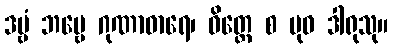
ဒဗ္ဗံ ဘဗ္ဗေ ဂုဏာဓာရေ၊ ဝိတ္တေ စ ဗုဓ ဒါရုသု။